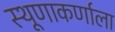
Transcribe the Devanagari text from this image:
स्थूणाकर्णाला